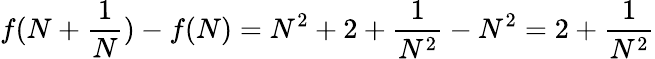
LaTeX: f(N+{\frac{1}{N}})-f(N)=N^{2}+2+{\frac{1}{N^{2}}}-N^{2}=2+{\frac{1}{N^{2}}}